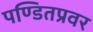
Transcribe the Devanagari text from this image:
पण्डितप्रवर